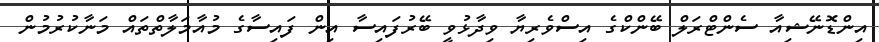
އިންޑޮނޭޝިއާ ސެންޓްރަލް ބޭންކްގެ އިސްވެރިޔާ ވިދާޅުވީ ބޭރުފައިސާ އިން ފައިސާގެ މުއާމަލާތްތައް މަނާކުރުމުން